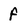
Character: f